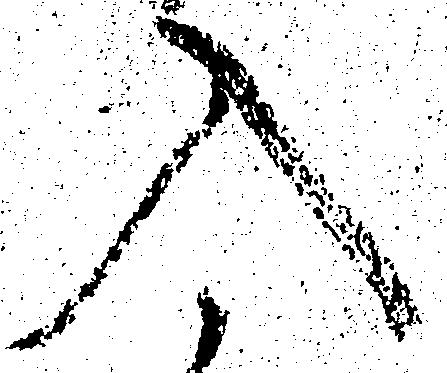
入